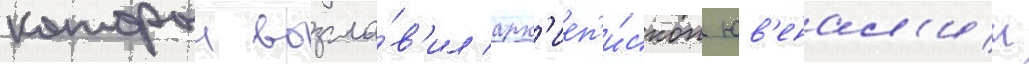
которыи возгла́в'ил арх'иеп'и́скоп юв'енал'ии